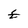
Character: E